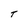
Character: T